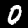
Label: 0